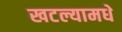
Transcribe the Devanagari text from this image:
खटल्यामधे